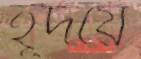
হূদয়ে